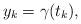
LaTeX: \begin{align*}y_k=\gamma(t_k),\end{align*}